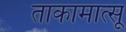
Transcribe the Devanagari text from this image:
ताकामात्सू